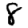
Digit: 8